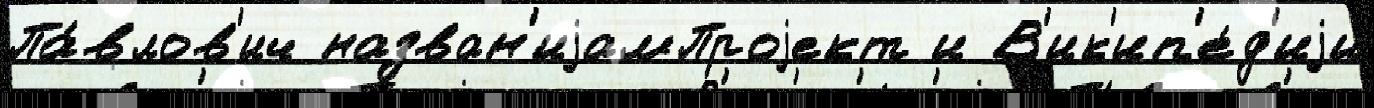
Па́влов'ич назван'иjамПроjект и В'ик'ип'е́д'иjи